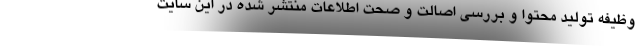
وظیفه تولید محتوا و بررسی اصالت و صحت اطلاعات منتشر شده در این سایت